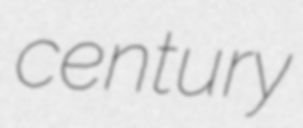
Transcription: century